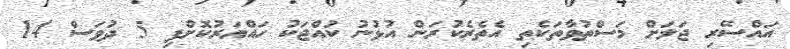
އައްސޭރި ޖަލަށް މަސްތުވާތަކެތި އެތެރެކުރަން އުޅުނު ކުއްޖަކު ހައްޔަރުކޮށްފި 5 ދުވަސް 14